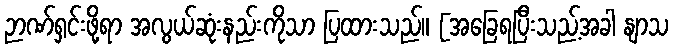
ဉာဏ်ရှင်းဖို့ရာ အလွယ်ဆုံးနည်းကိုသာ ပြထားသည်။ [အခြေရပြီးသည့်အခါ နျာသ